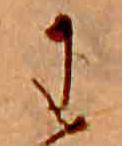
わ